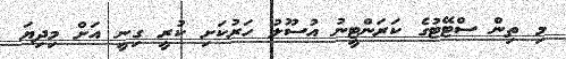
މި ތިން ސްޓޭޓުގެ ކަރަންޓީނު އުސޫލު ހަރުކަށި ކުރީ ގިނީ އަށް މިދިޔަ